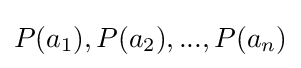
P(a_{1}),P(a_{2}),...,P(a_{n})